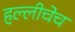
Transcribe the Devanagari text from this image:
हल्लीचेच